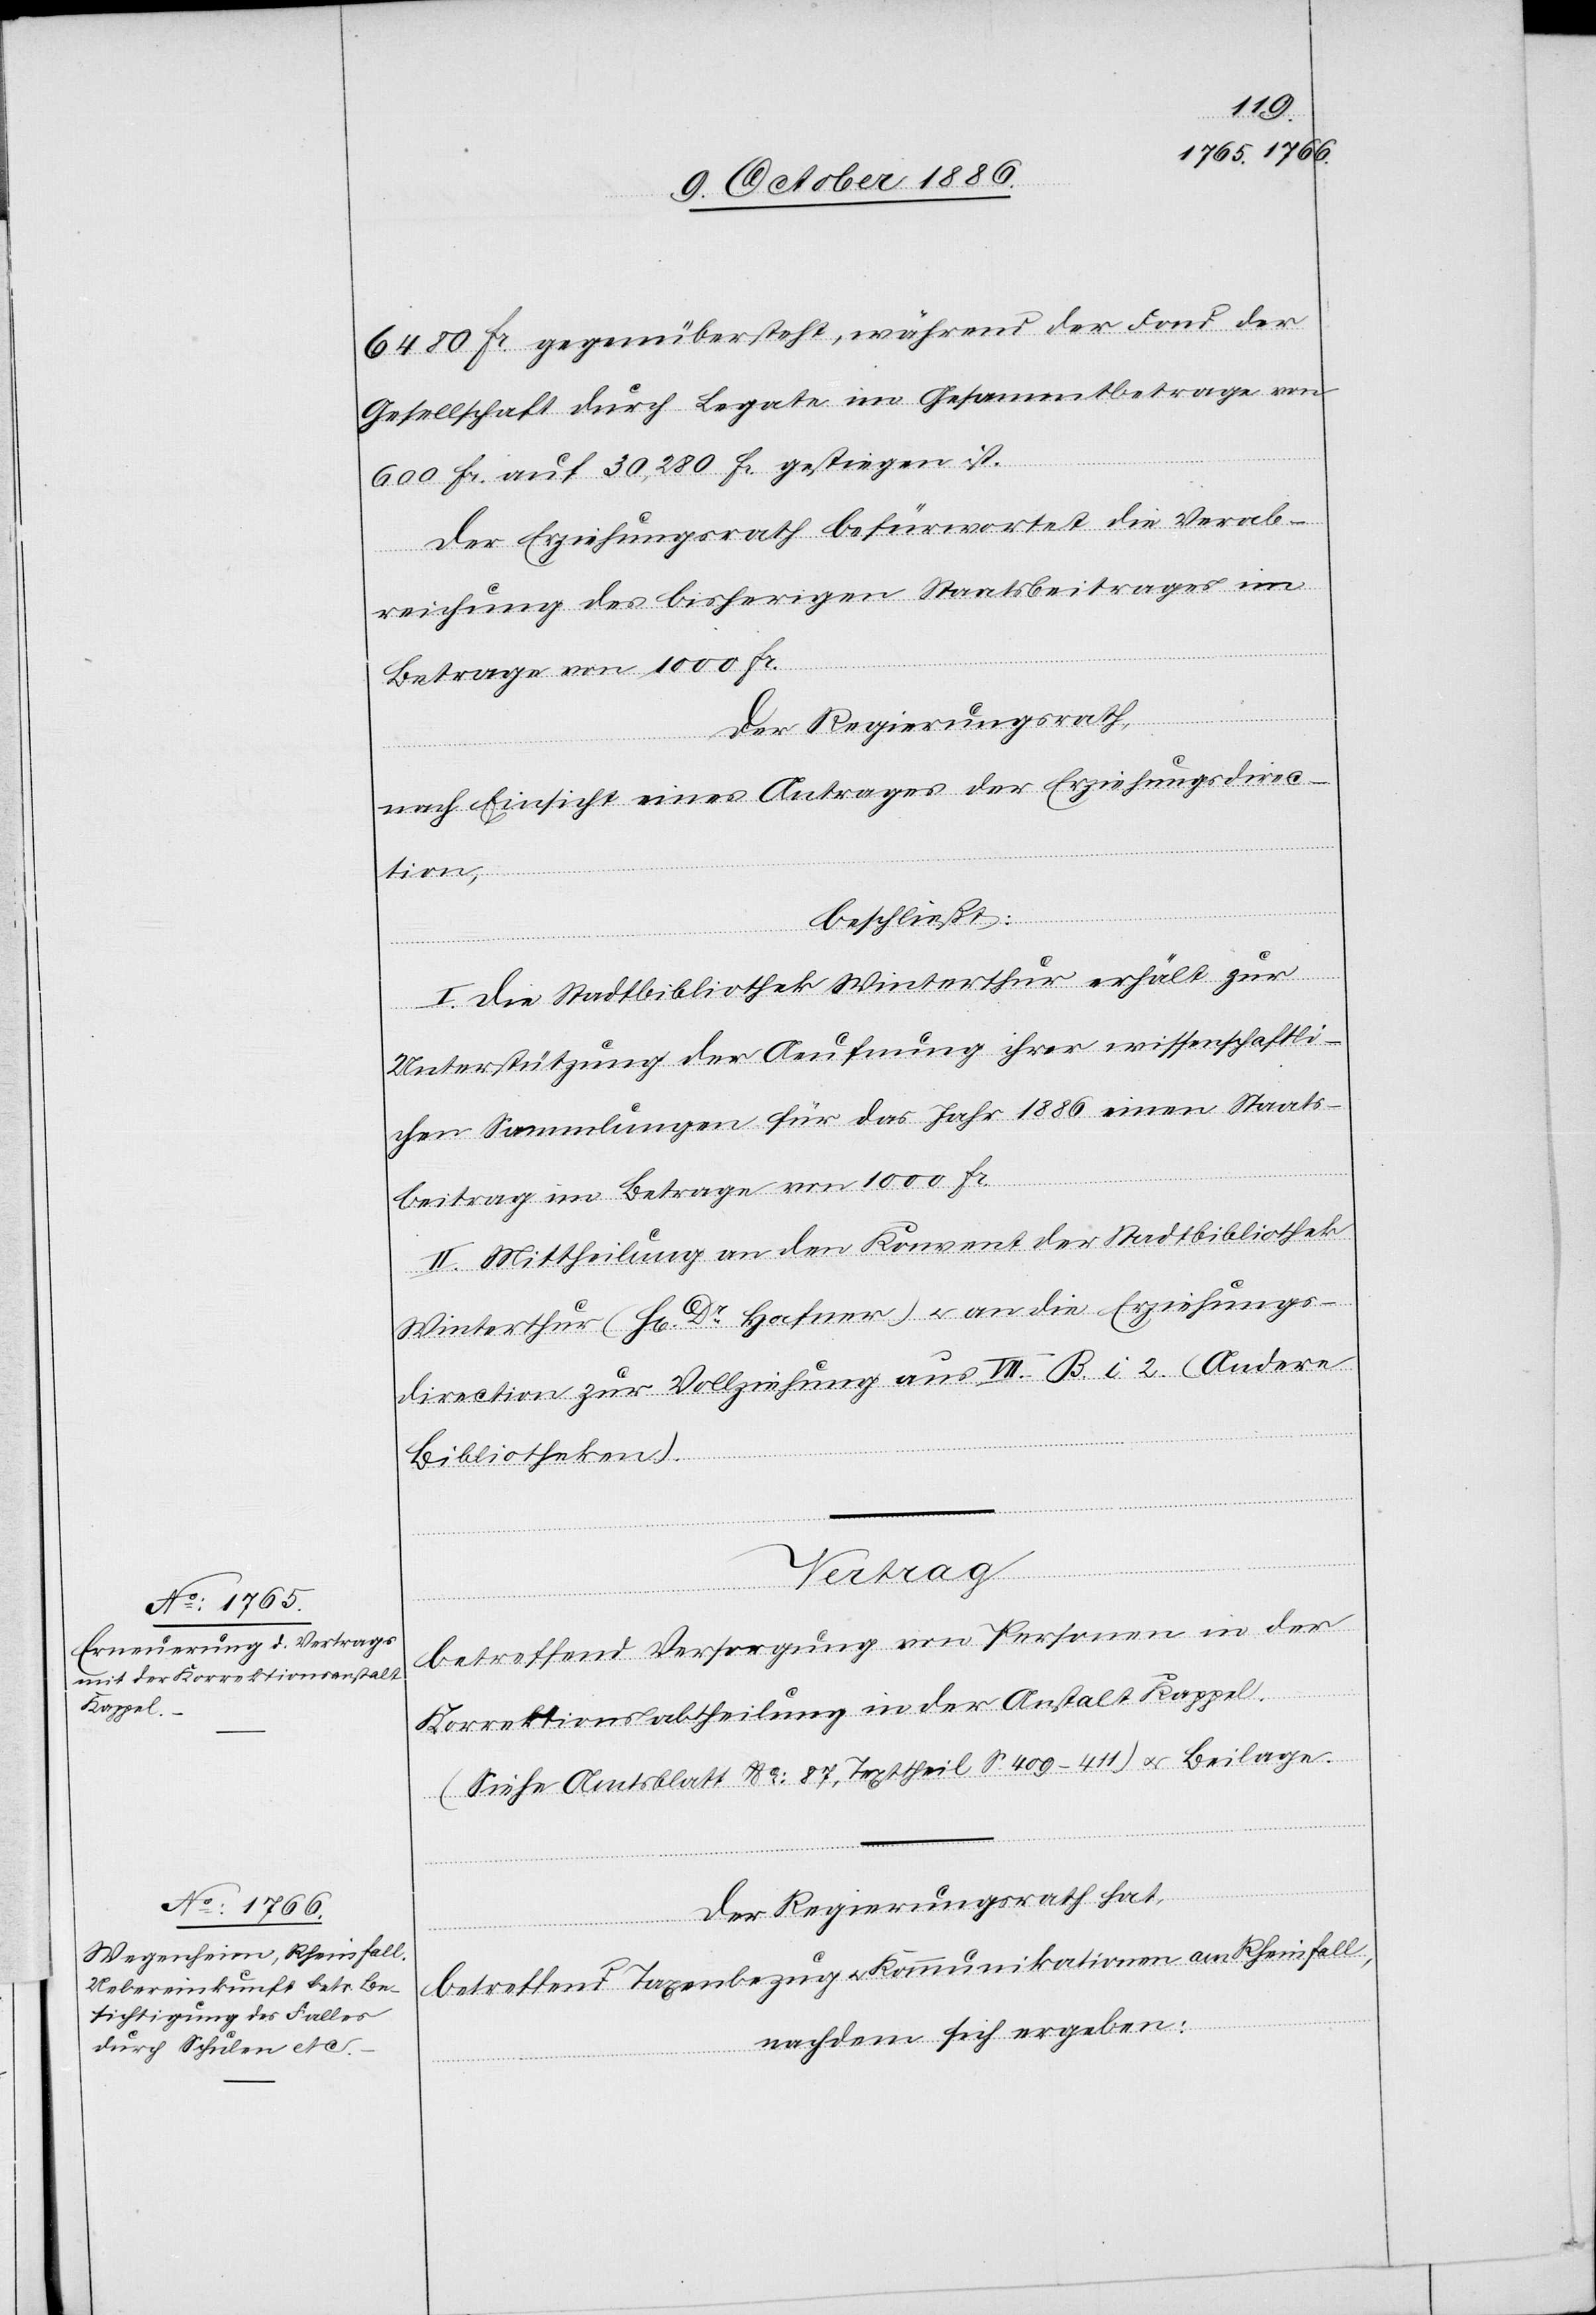
6480 Fr. gegenübersteht, während der Fond der
Gesellschaft durch Legate im Gesammtbetrage von
600 Fr. auf 30,280 Fr. gestiegen ist.
Der Erziehungsrath befürwortet die Verab¬
reichung des bisherigen Staatsbeitrages im
Betrage von 1000 Fr.
Der Regierungsrath,
nach Einsicht eines Antrages der Erziehungsdirec¬
tion,
beschließt:
I. Die Stadtbibliothek Winterthur erhält zur
Unterstützung der Aeufnung ihrer wissenschaftli¬
chen Sammlungen für das Jahr 1886 einen Staats¬
beitrag im Betrage von 1000 Fr.
II. Mittheilung an den Konvent der Stadtbibliothek
Winterthur (Hr. Dr Hafner) & an die Erziehungs¬
direction zur Vollziehung aus VII. B. i 2. (Andere
Bibliotheken).
Vertrag
betreffend Versorgung von Personen in der
Korrektionsabtheilung in der Anstalt Kappel.
(Siehe Amtsblatt No: 87, Texttheil S. 409–411) & Beilage.
Der Regierungsrath hat,
betreffend Taxenbezug & Kommunikationen am Rheinfall,
nachdem sich ergeben: